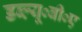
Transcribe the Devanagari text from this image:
डब्ल्यू०बी०ए